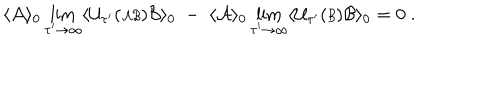
\langle { \cal A } \rangle _ { 0 } \lim _ { \tau ^ { \prime } \rightarrow \infty } \langle { \cal U } _ { \tau ^ { \prime } } ( { \scriptstyle { \cal A B } } ) { \cal B } \rangle _ { 0 } \; - \; \langle { \cal A } \rangle _ { 0 } \lim _ { \tau ^ { \prime } \rightarrow \infty } \langle { \cal U } _ { \tau ^ { \prime } } ( { \scriptstyle { \cal B } } ) { \cal B } \rangle _ { 0 } = 0 \; .